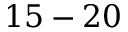
1 5 - 2 0